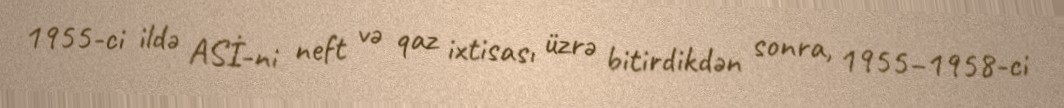
1955-ci ildə ASİ-ni neft və qaz ixtisası üzrə bitirdikdən sonra, 1955–1958-ci